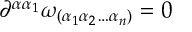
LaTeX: \partial ^ { \alpha \alpha _ { 1 } } \omega _ { ( \alpha _ { 1 } \alpha _ { 2 } \ldots \alpha _ { n } ) } = 0